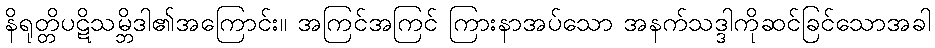
နိရုတ္တိပဋိသမ္ဘိဒါ၏အကြောင်း။ အကြင်အကြင် ကြားနာအပ်သော အနက်သဒ္ဒါကိုဆင်ခြင်သောအခါ